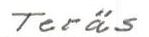
Teräs